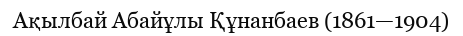
Ақылбай Абайұлы Құнанбаев (1861—1904)